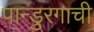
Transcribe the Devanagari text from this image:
पान्डुरगाची